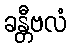
ခန္တီဗလံ